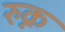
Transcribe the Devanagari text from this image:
रुक्न